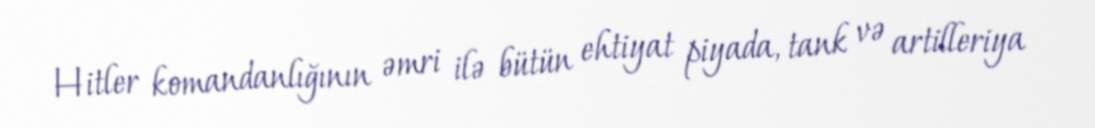
Hitler komandanlığının əmri ilə bütün ehtiyat piyada, tank və artilleriya